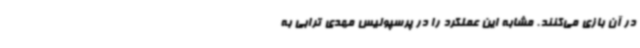
در آن بازی می‌کنند. مشابه این عملکرد را در پرسپولیس مهدی ترابی به